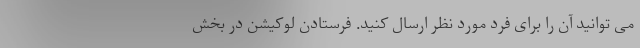
می توانید آن را برای فرد مورد نظر ارسال کنید. فرستادن لوکیشن در بخش